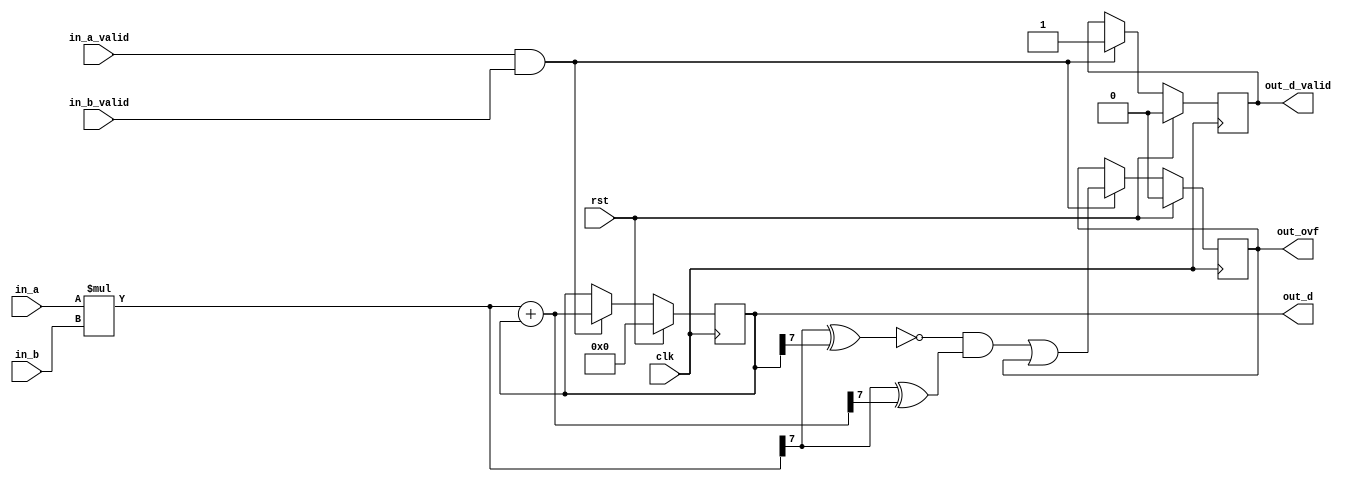
/* Generated by Amaranth Yosys 0.25 (PyPI ver 0.25.0.0.post70, git sha1 e02b7f64b) */

(* \amaranth.hierarchy  = "top" *)
(* top =  1  *)
(* generator = "Amaranth" *)
module top(in_a_valid, in_b, in_b_valid, out_d, out_d_valid, out_ovf, clk, rst, in_a);
  reg \$auto$verilog_backend.cc:2083:dump_module$4  = 0;
  (* src = "/data/Github/SNUHSD2023Spring/Lab3/Practice/mac.py:30" *)
  wire [7:0] \$1 ;
  (* src = "/data/Github/SNUHSD2023Spring/Lab3/Practice/mac.py:42" *)
  wire \$11 ;
  (* src = "/data/Github/SNUHSD2023Spring/Lab3/Practice/mac.py:42" *)
  wire \$12 ;
  (* src = "/data/Github/SNUHSD2023Spring/Lab3/Practice/mac.py:42" *)
  wire \$15 ;
  (* src = "/data/Github/SNUHSD2023Spring/Lab3/Practice/mac.py:42" *)
  wire \$17 ;
  (* src = "/data/Github/SNUHSD2023Spring/Lab3/Practice/mac.py:42" *)
  wire \$19 ;
  (* src = "/data/Github/SNUHSD2023Spring/Lab3/Practice/mac.py:32" *)
  wire [8:0] \$3 ;
  (* src = "/data/Github/SNUHSD2023Spring/Lab3/Practice/mac.py:35" *)
  wire \$5 ;
  (* src = "/data/Github/SNUHSD2023Spring/Lab3/Practice/mac.py:35" *)
  wire \$7 ;
  (* src = "/data/Github/SNUHSD2023Spring/Lab3/Practice/mac.py:35" *)
  wire \$9 ;
  (* src = "/usr/local/lib/python3.10/dist-packages/amaranth/hdl/ir.py:527" *)
  input clk;
  wire clk;
  (* src = "/data/Github/SNUHSD2023Spring/Lab3/Practice/mac.py:24" *)
  wire [7:0] current_out;
  (* src = "/data/Github/SNUHSD2023Spring/Lab3/Practice/mac.py:25" *)
  wire current_out_ovf;
  (* src = "/data/Github/SNUHSD2023Spring/Lab3/Practice/mac.py:12" *)
  input [3:0] in_a;
  wire [3:0] in_a;
  (* src = "/data/Github/SNUHSD2023Spring/Lab3/Practice/mac.py:13" *)
  input in_a_valid;
  wire in_a_valid;
  (* src = "/data/Github/SNUHSD2023Spring/Lab3/Practice/mac.py:14" *)
  input [3:0] in_b;
  wire [3:0] in_b;
  (* src = "/data/Github/SNUHSD2023Spring/Lab3/Practice/mac.py:15" *)
  input in_b_valid;
  wire in_b_valid;
  (* src = "/data/Github/SNUHSD2023Spring/Lab3/Practice/mac.py:23" *)
  wire [7:0] mult;
  (* src = "/data/Github/SNUHSD2023Spring/Lab3/Practice/mac.py:19" *)
  output [7:0] out_d;
  reg [7:0] out_d = 8'h00;
  (* src = "/data/Github/SNUHSD2023Spring/Lab3/Practice/mac.py:19" *)
  reg [7:0] \out_d$next ;
  (* src = "/data/Github/SNUHSD2023Spring/Lab3/Practice/mac.py:20" *)
  output out_d_valid;
  reg out_d_valid = 1'h0;
  (* src = "/data/Github/SNUHSD2023Spring/Lab3/Practice/mac.py:20" *)
  reg \out_d_valid$next ;
  (* src = "/data/Github/SNUHSD2023Spring/Lab3/Practice/mac.py:21" *)
  output out_ovf;
  reg out_ovf = 1'h0;
  (* src = "/data/Github/SNUHSD2023Spring/Lab3/Practice/mac.py:21" *)
  reg \out_ovf$next ;
  (* src = "/usr/local/lib/python3.10/dist-packages/amaranth/hdl/ir.py:527" *)
  input rst;
  wire rst;
  assign \$9  = in_a_valid & (* src = "/data/Github/SNUHSD2023Spring/Lab3/Practice/mac.py:35" *) in_b_valid;
  assign \$12  = mult[7] ^ (* src = "/data/Github/SNUHSD2023Spring/Lab3/Practice/mac.py:42" *) out_d[7];
  assign \$11  = ~ (* src = "/data/Github/SNUHSD2023Spring/Lab3/Practice/mac.py:42" *) \$12 ;
  assign \$15  = mult[7] ^ (* src = "/data/Github/SNUHSD2023Spring/Lab3/Practice/mac.py:42" *) current_out[7];
  assign \$17  = \$11  & (* src = "/data/Github/SNUHSD2023Spring/Lab3/Practice/mac.py:42" *) \$15 ;
  assign \$1  = $signed(in_a) * (* src = "/data/Github/SNUHSD2023Spring/Lab3/Practice/mac.py:30" *) $signed(in_b);
  assign \$19  = \$17  | (* src = "/data/Github/SNUHSD2023Spring/Lab3/Practice/mac.py:42" *) out_ovf;
  assign \$3  = $signed(mult) + (* src = "/data/Github/SNUHSD2023Spring/Lab3/Practice/mac.py:32" *) $signed(out_d);
  assign \$5  = in_a_valid & (* src = "/data/Github/SNUHSD2023Spring/Lab3/Practice/mac.py:35" *) in_b_valid;
  assign \$7  = in_a_valid & (* src = "/data/Github/SNUHSD2023Spring/Lab3/Practice/mac.py:35" *) in_b_valid;
  always @(posedge clk)
    out_ovf <= \out_ovf$next ;
  always @(posedge clk)
    out_d_valid <= \out_d_valid$next ;
  always @(posedge clk)
    out_d <= \out_d$next ;
  always @* begin
    if (\$auto$verilog_backend.cc:2083:dump_module$4 ) begin end
    \out_d$next  = out_d;
    (* src = "/data/Github/SNUHSD2023Spring/Lab3/Practice/mac.py:35" *)
    casez (\$5 )
      /* src = "/data/Github/SNUHSD2023Spring/Lab3/Practice/mac.py:35" */
      1'h1:
          \out_d$next  = current_out;
    endcase
    (* src = "/usr/local/lib/python3.10/dist-packages/amaranth/hdl/xfrm.py:519" *)
    casez (rst)
      1'h1:
          \out_d$next  = 8'h00;
    endcase
  end
  always @* begin
    if (\$auto$verilog_backend.cc:2083:dump_module$4 ) begin end
    \out_d_valid$next  = out_d_valid;
    (* src = "/data/Github/SNUHSD2023Spring/Lab3/Practice/mac.py:35" *)
    casez (\$7 )
      /* src = "/data/Github/SNUHSD2023Spring/Lab3/Practice/mac.py:35" */
      1'h1:
          \out_d_valid$next  = 1'h1;
    endcase
    (* src = "/usr/local/lib/python3.10/dist-packages/amaranth/hdl/xfrm.py:519" *)
    casez (rst)
      1'h1:
          \out_d_valid$next  = 1'h0;
    endcase
  end
  always @* begin
    if (\$auto$verilog_backend.cc:2083:dump_module$4 ) begin end
    \out_ovf$next  = out_ovf;
    (* src = "/data/Github/SNUHSD2023Spring/Lab3/Practice/mac.py:35" *)
    casez (\$9 )
      /* src = "/data/Github/SNUHSD2023Spring/Lab3/Practice/mac.py:35" */
      1'h1:
          \out_ovf$next  = \$19 ;
    endcase
    (* src = "/usr/local/lib/python3.10/dist-packages/amaranth/hdl/xfrm.py:519" *)
    casez (rst)
      1'h1:
          \out_ovf$next  = 1'h0;
    endcase
  end
  assign { current_out_ovf, current_out } = \$3 ;
  assign mult = \$1 ;
endmodule